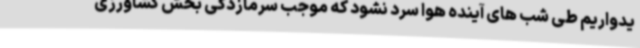
یدواریم طی شب های آینده هوا سرد نشود که موجب سرمازدگی بخش کشاورزی